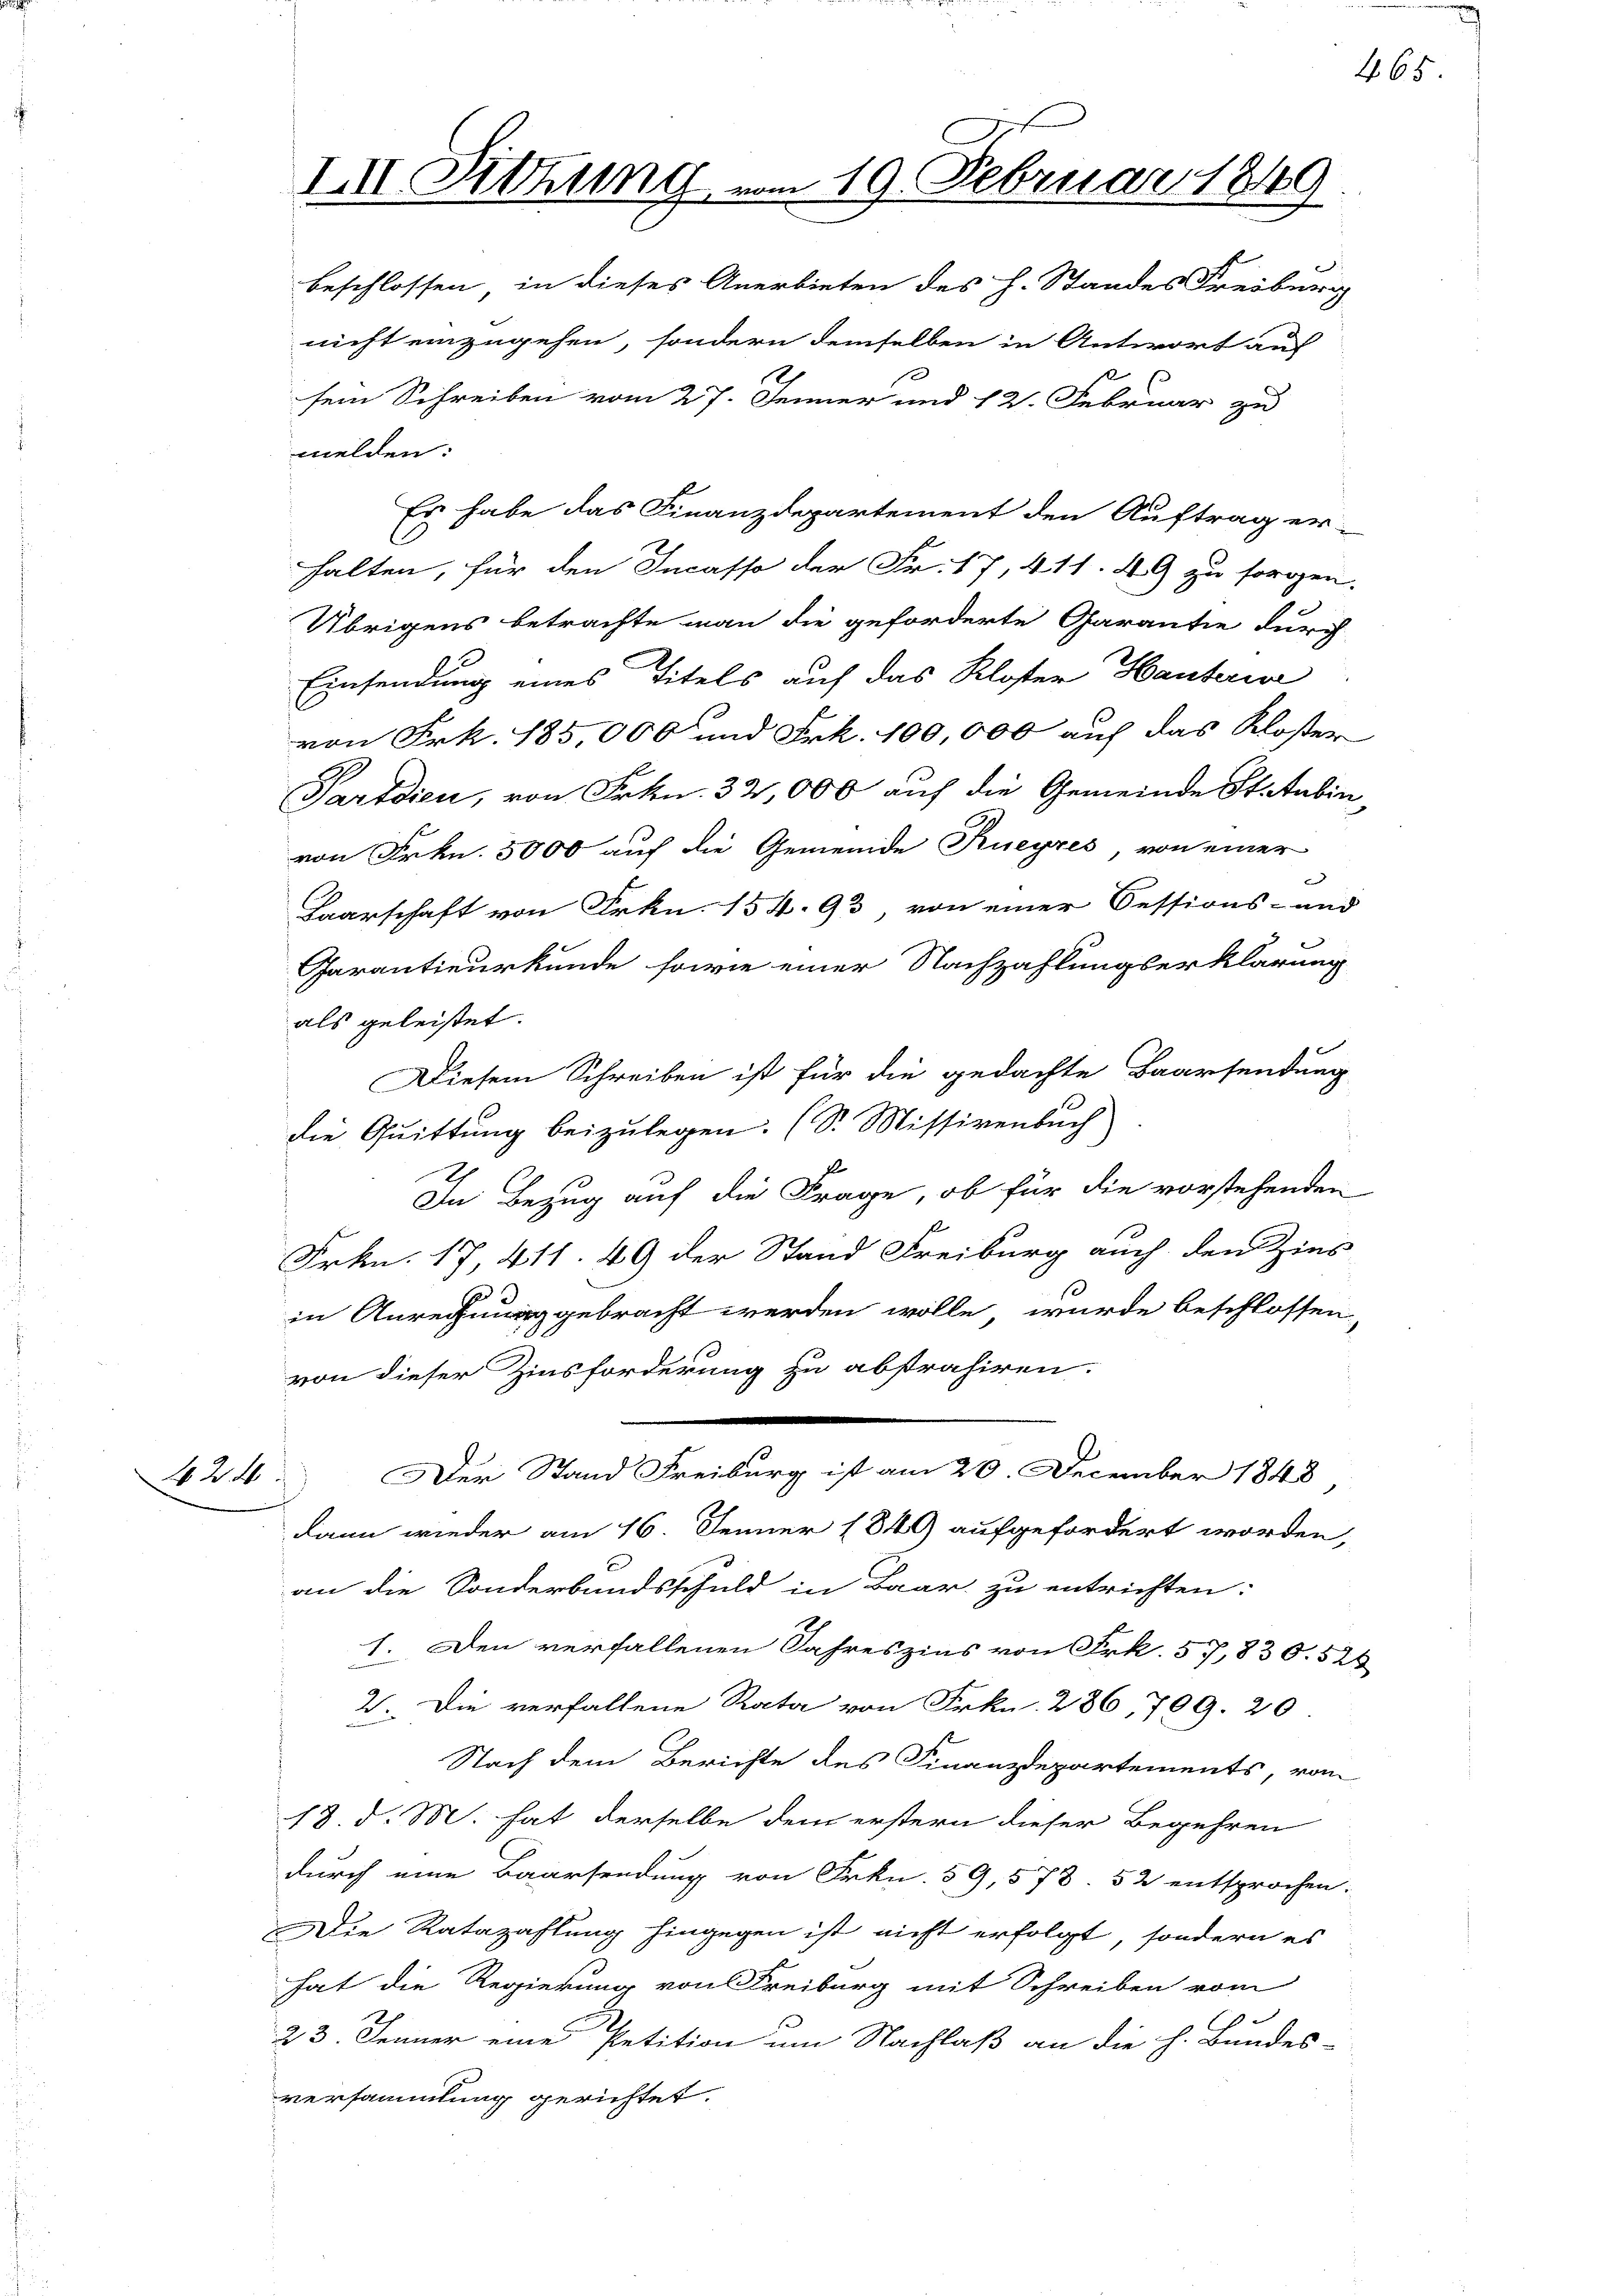
N 226

nicht einzugehen, sondern demselben in Antwort auf
sem Schreiben vom 27. Jenner und 12. Februar zu
melden:
Es habe das Finanzdepartement den Auftrag er-
halten, für den Incasso der Fr. 17, 411. 49 zu sorgen.
Übrigens betrachte man die geforderte Garantie durch
Einsendung eines Titels auf das Kloster Hauterie
von Frk. 185,000 und Frk. 100,000 auf das Kloster
Partdien, von Frkn. 32,000 auf die Gemeinde Statubin,
von Frkn. 5000 auf die Gemeinde Rueyres, von einer
Baarschaft von Frkn. 154. 93, von einer Sessions- und
Garantieurkunde sowie einer Nachzahlungserklärung
als geleistet.
Diesem Schreiben ist für die gedachte Baarsendung
die Quittung beizulegen. (S. Missivenbuch
In Bezug auf die Frage, ob für die vorstehenden
Frkn. 17, 411. 49 der Stand Freiburg auch den Zins
in Anrechnung gebracht werden wolle, wurde beschlossen,
von dieser Zinsforderung zu abstrahiren.
Der Stand Freiburg ist am 20. December 1848
dann wieder am 16. Jenner 1849 aufgefordert worden,
an die Sonderbandsschuld in Baar zu entrichten:
1. Den verfallenen Jahreszins von Frk. 57,830. 526
2. Die verfallene Rata von Frkn. 236, 709. 20
Nach dem Berichte des Finanzdepartements, vom
18. d. M. hat derselbe dem erstern dieser Begehren
durch eine Baarsendung von Frkn. 59, 573. 52 entsprochen.
Die Ratazahlung hingegen ist nicht erfolgt, sondern es
hat die Regierung von Freiburg mit Schreiben vom
s
23. Jenner eine Petition um Nachlaß an die h. Bundes-
versammlung gerichtet.

III. Sitzung vom 19. Februar 1849
beschlossen in dieses Anerbieten des H. Standes Freiburg

465.